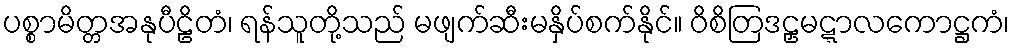
ပစ္စာမိတ္တအနုပီဠိတံ၊ ရန်သူတို့သည် မဖျက်ဆီးမနှိပ်စက်နိုင်။ ဝိစိတြဒဠှမဋ္ဋာလကောဋ္ဌကံ၊